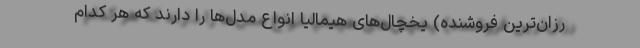
رزان‌ترین فروشنده) یخچال‌های هیمالیا انواع مدل‌ها را دارند که هر کدام